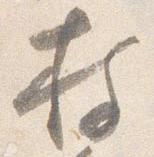
持